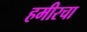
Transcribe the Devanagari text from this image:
हमीरचा